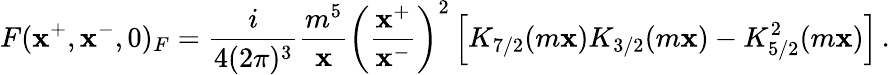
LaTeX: F(\mathbf{x}^{+},\mathbf{x}^{-},0)_{F}=\frac{{i}}{{4(2\pi)^{3}}}\frac{{m^{5}}}{{\mathbf{x}}}\left(\frac{{\mathbf{x}^{+}}}{{\mathbf{x}^{-}}}\right)^{2}\left[K_{7/2}(m\mathbf{x})K_{3/2}(m\mathbf{x})-K_{5/2}^{2}(m\mathbf{x})\right]\, .